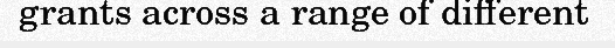
grants across a range of different